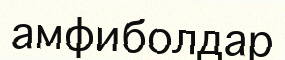
амфиболдар